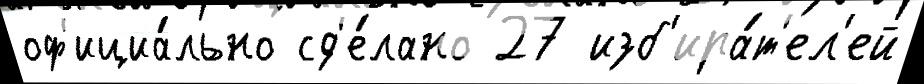
оф'ициа́льно сд'е́лано 27 изб'ира́т'ел'ей